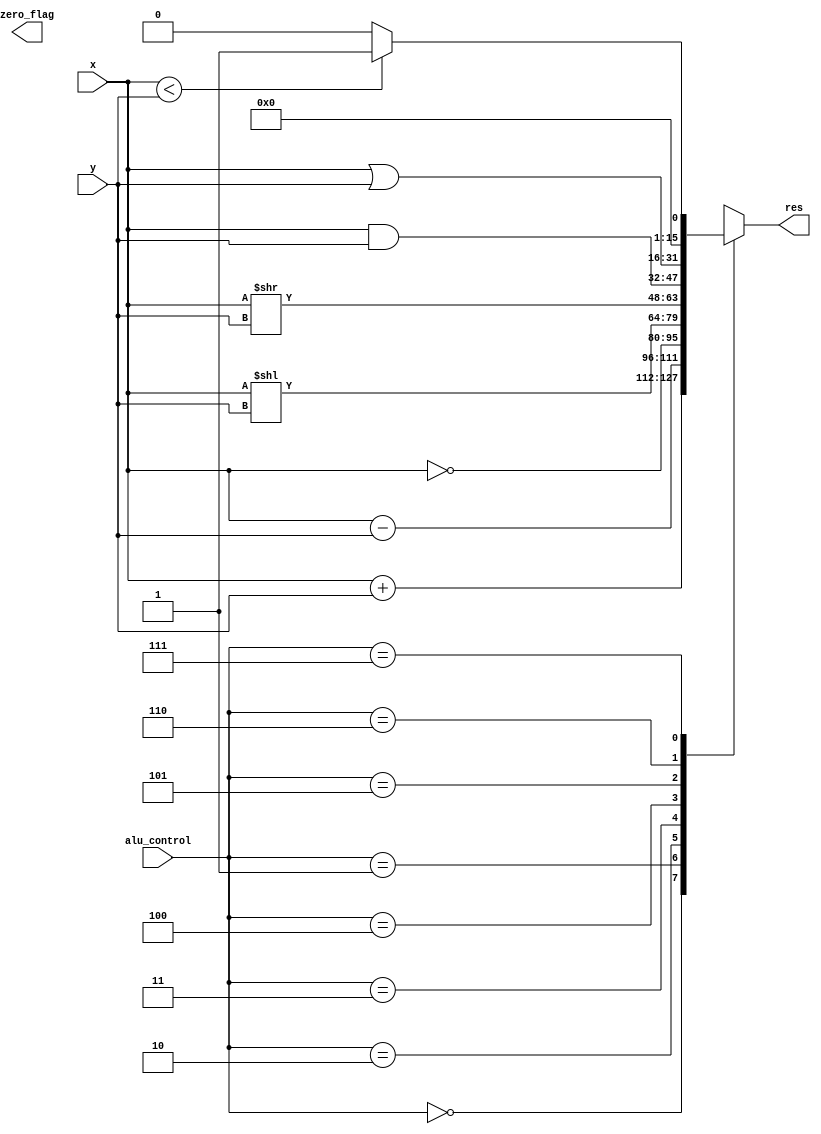
module alu(input [15:0]x, input[15:0]y, input [2:0]alu_control,
		output reg [15:0] res,output zero_flag);
always@(*)begin
case(alu_control)
3'b000: res = x+y;//addition
3'b001: res= x-y; //subtraction
3'b010: res = ~x; //bit-wise invertion
3'b011: res = x<<y; // LSL
3'b100: res = x>>y; // LSR
3'b101: res = x & y; //bit-wise AND 
3'b110: res = x | y; //bit-wise OR
3'b111: begin if(x<y) res=16'd1;
		else res=16'd0;
	end
default: res = x+y;
endcase
end
assign zero = (res == 16'd0)?1'b1:1'b0; // This is the zero flag
endmodule